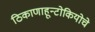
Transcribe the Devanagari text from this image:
ठिकाणाहून्टोकियोचे